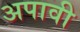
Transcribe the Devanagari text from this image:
अपावी